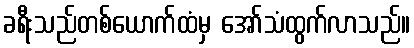
ခရီးသည်တစ်ယောက်ထံမှ အော်သံထွက်လာသည်။